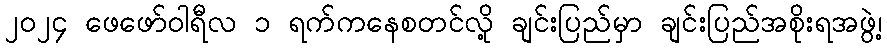
၂၀၂၄ ဖေဖော်ဝါရီလ ၁ ရက်ကနေစတင်လို့ ချင်းပြည်မှာ ချင်းပြည်အစိုးရအဖွဲ့၊